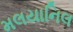
મલયાનિલ